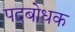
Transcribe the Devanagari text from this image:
पदबोधक